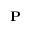
\mathbf { P }